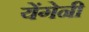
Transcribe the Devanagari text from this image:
येंगेनी